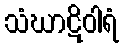
သံဃာဋိဝါရံ